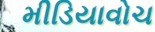
મીડિયાવોચ